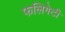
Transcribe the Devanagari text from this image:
फलिगेटी